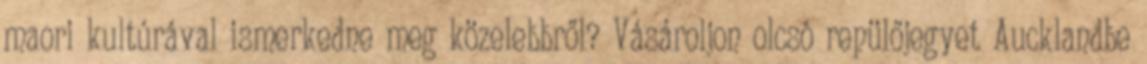
maori kultúrával ismerkedne meg közelebbről? Vásároljon olcsó repülőjegyet Aucklandbe